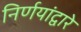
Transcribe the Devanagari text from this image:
निर्णयांद्वारे